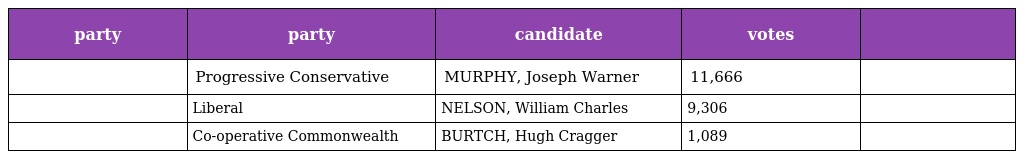
| party | party | candidate | votes |  |
 | --- | --- | --- | --- | --- |
 |  | Progressive Conservative | MURPHY, Joseph Warner | 11,666 |  |
 |  | Liberal | NELSON, William Charles | 9,306 |  |
 |  | Co-operative Commonwealth | BURTCH, Hugh Cragger | 1,089 |  |